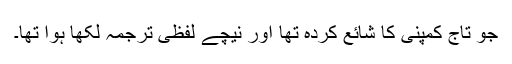
جو تاج کمپنی کا شائع کردہ تھا اور نیچے لفظی ترجمہ لکھا ہوا تھا۔